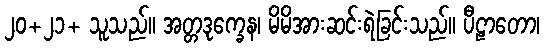
၂၀+၂၁+ သူသည်။ အတ္တဒုက္ခေန၊ မိမိအားဆင်းရဲခြင်းသည်။ ပီဠာတော၊